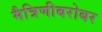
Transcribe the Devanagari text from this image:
मैत्रिणीबरोबर